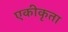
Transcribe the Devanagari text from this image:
एकीकृता